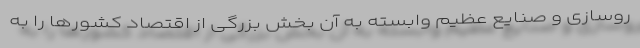
روسازی و صنایع عظیم وابسته به آن بخش بزرگی از اقتصاد کشورها را به